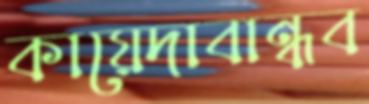
কায়েদাবান্ধব